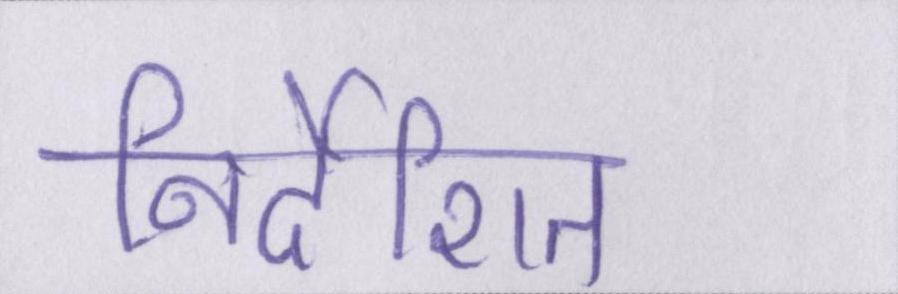
निर्देशित